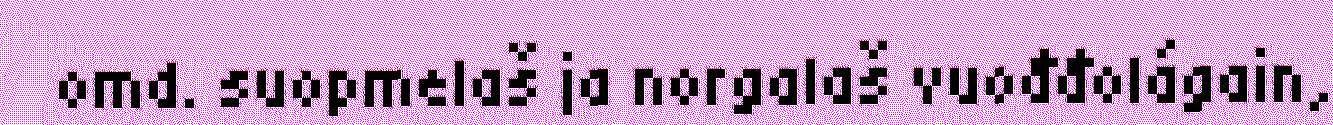
omd. suopmelaš ja norgalaš vuođđolágain,